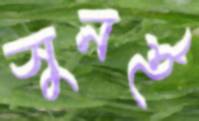
সুনই